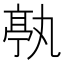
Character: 𠅶